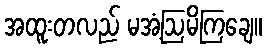
အထူးတလည် မအံ့ဩမိကြချေ။